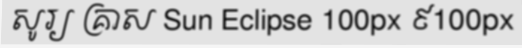
សូរ្យ គ្រាស Sun Eclipse 100px ៩100px